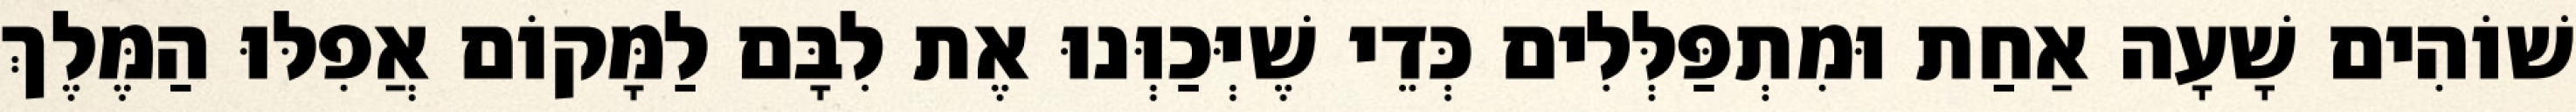
שׁוֹהִים שָׁעָה אַחַת וּמִתְפַּלְּלִים כְּדֵי שֶׁיְּכַוְּנוּ אֶת לִבָּם לַמָּקוֹם אֲפִלּוּ הַמֶּלֶךְ